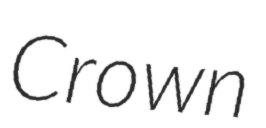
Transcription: Crown